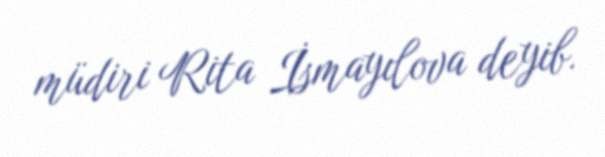
müdiri Rita İsmayılova deyib.